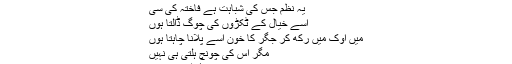
’’میری منڈیر پر اک نظم آکے بیٹھی ہے
یہ نظم جس کی شباہت ہے فاختہ کی سی
اسے خیال کے ٹکڑوں کی چوگ ڈالتا ہوں
میں اوک میں رکھ کر جگر کا خون اُسے پلانا چاہتا ہوں
مگر اس کی چونچ ہلتی ہی نہیں
مُصر ہے کہ مجھے ساتھ ہی اُڑا لے جائے !